Cholera in southern India
Disease focus: Cholera
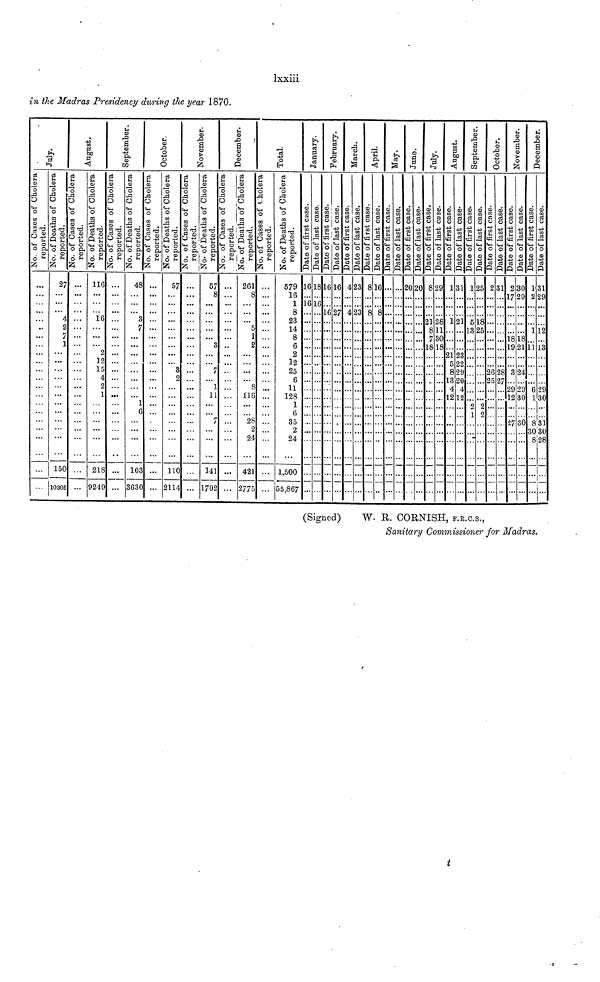
lxxiii
in the Madras Presidency during the year 1870.
July.
No. of Cases of Cholera reported.
...
...
...
...
...
...
...
...
...
...
...
...
...
...
...
...
...
...
...
...
...
...
No.of Deaths of Cholera reported.
27
...
...
...
4
2
7
1
...
...
...
...
...
...
...
...
...
...
...
...
150
1030
August.
No. of Cases of Cholera reported.
...
...
...
...
...
...
...
...
...
...
...
...
...
...
...
...
...
...
...
...
...
...
No.of Deaths of Cholera reported.
116
...
...
...
16
...
...
...
2
12
15
4
2
1
...
...
...
...
...
...
218
9249
September.
No. of Cases of Cholera reported.
...
...
...
...
...
...
...
...
...
...
...
...
...
...
...
...
...
...
...
...
...
...
No.of Deaths of Cholera reported.
48
...
...
...
3
7
...
...
...
...
...
...
...
...
1
6
...
...
...
...
103
3630
October.
No. of Cases of Cholera reported.
...
...
...
...
...
...
...
...
...
...
...
...
...
...
...
...
...
...
...
...
...
...
No.of Deaths of Cholera reported.
57
...
...
...
...
...
...
...
...
...
3
2
...
...
...
...
...
...
...
...
110
2114
November.
No. of Cases of Cholera reported.
...
...
...
...
...
...
...
...
...
...
...
...
...
...
...
...
...
...
...
...
...
...
No.of Deaths of Cholera reported.
57
8
...
...
...
...
...
3
...
...
7
...
1
11
...
...
7
...
...
...
141
1702
December.
No. of Cases of Cholera reported.
...
...
...
...
...
...
...
...
...
...
...
...
...
...
...
...
...
...
...
...
...
...
No.of Deaths of Cholera reported.
261
8
...
...
...
5
1
2
...
...
...
...
8
116
...
...
28
2
24
...
421
2775
No. of Cases of Cholera reported.
...
...
...
...
...
...
...
...
...
...
...
...
...
...
...
...
...
...
...
...
...
...
Total.
No.of Deaths of Cholera reported.
579
16
1
8
23
14
8
6
2
12
25
6
11
128
1
6
35
2
24
...
1,500
55,867
January.
Date of first case.
16
...
16
...
...
...
...
...
...
...
...
...
...
...
...
...
...
...
...
...
...
...
Date of last case.
18
...
16
...
...
...
.....
...
...
...
...
...
...
...
...
...
...
...
...
...
...
...
February.
Date of first case.
16
...
...
16
...
...
...
...
...
...
...
...
...
...
...
...
...
...
...
...
...
...
Date of last case.
16
...
...
27
...
...
...
...
...
...
...
...
...
...
...
...
...
...
...
...
...
...
March.
Date of first case.
4
...
...
4
...
...
...
...
...
...
...
...
...
...
...
...
...
...
...
...
...
...
Date of last case.
23
...
...
23
...
...
...
...
...
...
...
...
...
...
...
...
...
...
...
...
...
...
April.
Date of first case.
8
...
...
8
...
...
...
...
...
...
...
...
...
...
...
...
...
...
...
...
...
...
Date of last case.
16
...
...
8
...
...
...
...
...
...
...
...
...
...
...
...
...
...
...
...
...
...
May.
Date of first case.
...
...
...
...
...
...
...
...
...
...
...
...
...
...
...
...
...
...
...
...
...
...
Date of last case.
...
...
...
...
...
...
...
...
...
...
...
...
...
...
...
...
...
...
...
...
...
...
June.
Date of first case.
20
...
...
...
...
...
...
...
...
...
...
...
...
...
...
...
...
...
...
...
...
...
Date of last case.
20
...
...
...
...
...
...
...
...
...
...
...
...
...
...
...
...
...
...
...
...
...
July.
Date of first case.
8
...
...
...
21
8
7
18
...
...
...
...
...
...
...
...
...
...
...
...
...
...
Date of last case.
29
...
...
...
28
11
30
18
...
...
...
...
...
...
...
...
...
...
...
...
...
...
August.
Date of first case.
1
...
...
...
1
...
...
...
21
5
8
13
...
12
...
...
...
...
...
...
...
...
Date of last case.
31
...
...
...
21
...
...
...
23
22
29
20
4
12
...
...
...
...
...
...
...
...
September.
Date of first case.
1
...
...
...
5
13
...
...
...
...
...
...
...
...
2
1
...
...
...
...
...
...
Date of last case.
25
...
...
...
18
25
...
...
...
...
...
...
...
...
2
2
...
...
...
...
...
...
October.
Date of first case.
2
...
...
...
...
...
...
...
...
...
26
25
...
...
...
...
...
...
...
...
...
...
Date of last case.
31
...
...
...
...
...
...
...
...
...
28
27
...
...
...
...
...
...
...
...
...
...
November.
Date of first case.
2
17
...
...
...
...
18
19
...
...
3
...
29
12
...
...
27
...
...
...
...
...
Date of last case.
30
29
...
...
...
...
18
21
...
...
24
...
29
30
...
...
30
...
...
...
...
...
December
Date of first case.
1
2
...
...
...
1
...
11
...
...
...
...
6
1
...
...
8
30
8
...
...
...
Date of last ca
31
29
...
...
...
12
...
13
...
...
...
...
29
30
...
···
31
30
28
...
...
...
(Signed)
W. R. CORNISH, F.R.C.S.,
Sanitary Commissioner for Madras.